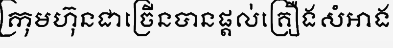
ក្រុមហ៊ុនជាច្រើនបានផ្តល់គ្រឿងសំអាង